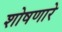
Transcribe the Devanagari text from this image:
शोषणारे